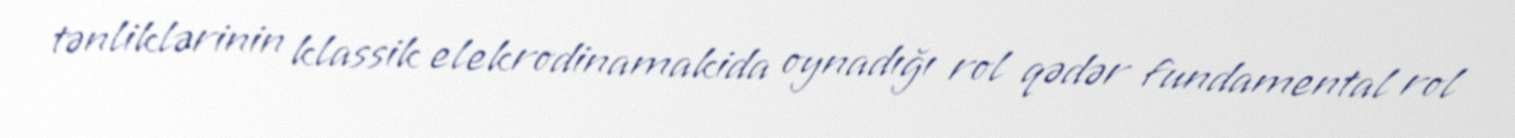
tənliklərinin klassik elekrodinamakida oynadığı rol qədər fundamental rol